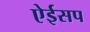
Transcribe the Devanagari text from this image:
ऐईसप